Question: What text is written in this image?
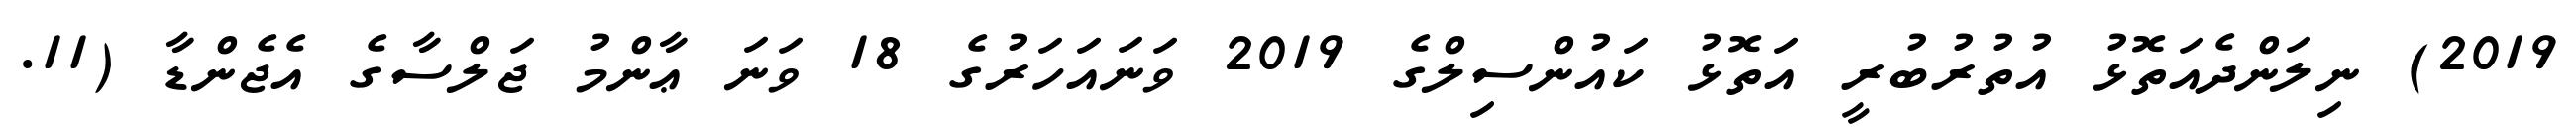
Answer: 2019) ނިލަންދެއަތޮޅު އުތުރުބުރީ އަތޮޅު ކައުންސިލްގެ 2019 ވަނައަހަރުގެ 18 ވަނަ ޢާންމު ޖަލްސާގެ އެޖެންޑާ (11.